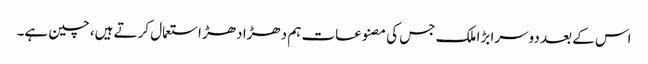
اس کے بعد دوسرا بڑا ملک جس کی مصنوعات ہم دھڑا دھڑ استعمال کرتے ہیں، چین ہے۔